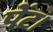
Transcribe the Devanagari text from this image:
पेंट।